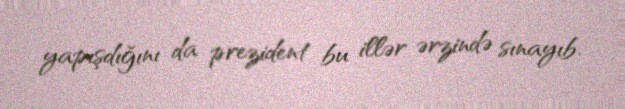
yapışdığını da prezident bu illər ərzində sınayıb.